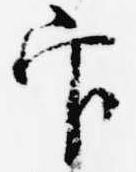
官